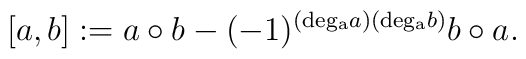
[a,b]:=a\circ b-(-1)^{({\rm deg_a}a)({\rm deg_a}b)}b\circ a.